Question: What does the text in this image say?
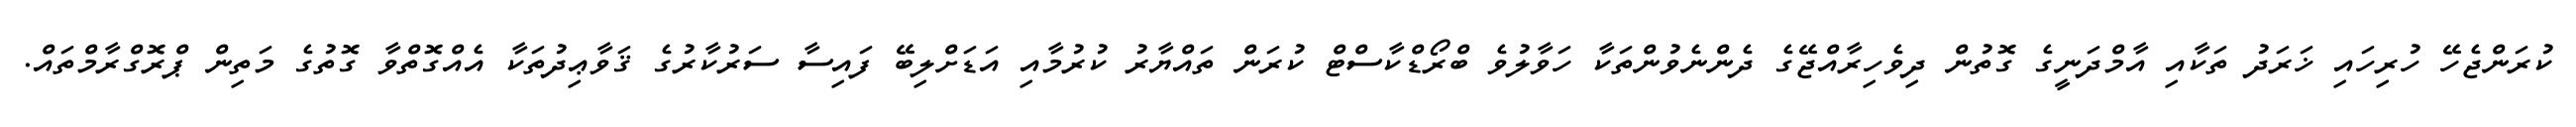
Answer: ކުރަންޖެހޭ ހުރިހައި ޚަރަދު ތަކާއި އާމްދަނީގެ ގޮތުން ދިވެހިރާއްޖޭގެ ދެންނެވުންތަކާ ހަވާލުވެ ބްރޯޑްކާސްޓް ކުރަން ތައްޔާރު ކުރުމާއި އަޑަށްލިބޭ ފައިސާ ސަރުކާރުގެ ޤަވާޢިދުތަކާ އެއްގޮތްވާ ގޮތުގެ މަތިން ޕްރޮގްރާމްތައް.